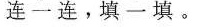
连一连。填一填。